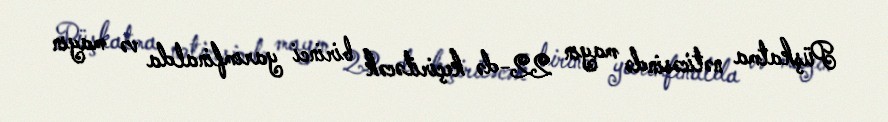
Püşkatma nəticəsində mayın 22-də keçiriləcək birinci yarımfinalda və mayın